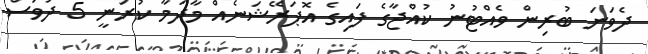
ދެވަނަ ބުރިން ވެއްޓުނު ކުއްޖާގެ ފައިގެ އޮޕަރޭޝަނެެއް މާދަމާ ކުރަނީ 5 ދުވަސް